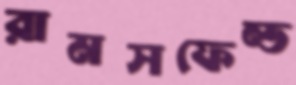
রামসফেল্ড